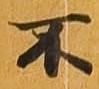
不